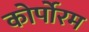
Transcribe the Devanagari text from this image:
कोर्पोरम